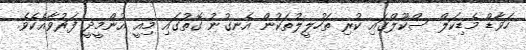
ހަވާޑް މެޑިކަލް ސްކޫލްގައި ކުރި ތަހުލީލުތަކުން އެނގުނު ގޮތުގައި މިއީ އުންމީދީ ފަރުވާއެކެވެ.